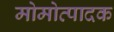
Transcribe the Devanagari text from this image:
मोमोत्पादक